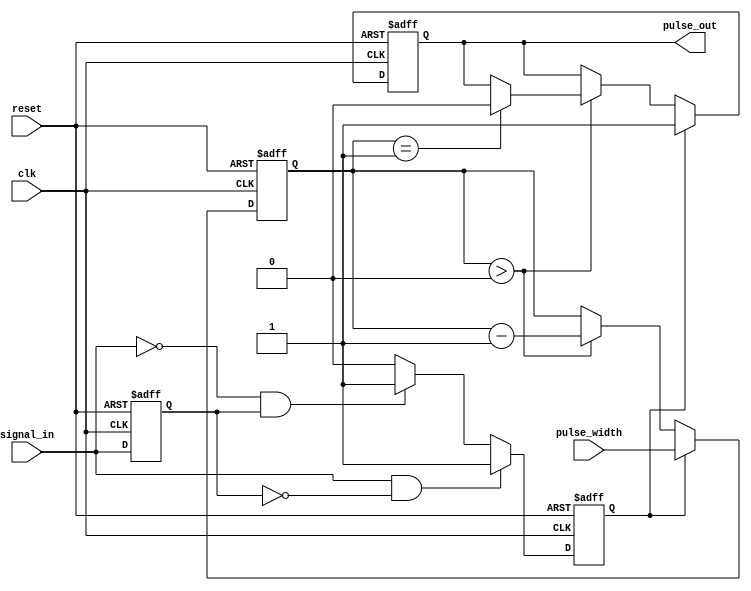
module monostable_edge_detector (
    input wire clk,               // Clock input
    input wire reset,             // Reset input
    input wire signal_in,         // Input signal to detect edges
    input wire [15:0] pulse_width, // Configurable pulse width in clock cycles
    output reg pulse_out          // Output pulse signal
);

    // State variables
    reg signal_in_reg;            // Registered version of the input signal
    reg edge_detected;            // Edge detection flag
    reg [15:0] counter;           // Counter for pulse width timing

    // Edge detection logic
    always @(posedge clk or posedge reset) begin
        if (reset) begin
            signal_in_reg <= 1'b0;
            edge_detected <= 1'b0;
            pulse_out <= 1'b0;
            counter <= 16'd0;
        end else begin
            // Detect rising edge
            if (signal_in && !signal_in_reg) begin
                edge_detected <= 1'b1; // Rising edge detected
            end
            // Detect falling edge
            else if (!signal_in && signal_in_reg) begin
                edge_detected <= 1'b1; // Falling edge detected
            end else begin
                edge_detected <= 1'b0; // No edge detected
            end
            
            // Latch the input signal
            signal_in_reg <= signal_in;

            // Pulse generation logic
            if (edge_detected) begin
                pulse_out <= 1'b1; // Activate pulse output
                counter <= pulse_width; // Load counter with pulse width
            end else if (counter > 0) begin
                counter <= counter - 1; // Decrement counter
                if (counter == 1) begin
                    pulse_out <= 1'b0; // Deactivate pulse output
                end
            end
        end
    end
endmodule